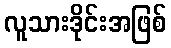
လူသားဒိုင်းအဖြစ်